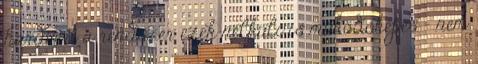
hardvert a rendszer ezek nélküli is működőképes - nem